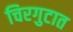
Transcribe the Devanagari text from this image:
चिरगुटात